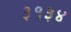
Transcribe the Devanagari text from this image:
३१३४